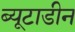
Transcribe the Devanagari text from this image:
ब्यूटाडीन